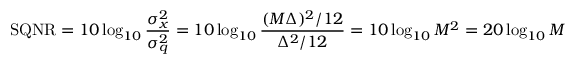
\mathrm { { S Q N R } } = 1 0 \log _ { 1 0 } { \frac { \sigma _ { x } ^ { 2 } } { \sigma _ { q } ^ { 2 } } } = 1 0 \log _ { 1 0 } { \frac { ( M \Delta ) ^ { 2 } / 1 2 } { \Delta ^ { 2 } / 1 2 } } = 1 0 \log _ { 1 0 } M ^ { 2 } = 2 0 \log _ { 1 0 } M